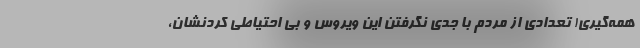
همه‌گیری! تعدادی از مردم با جدی نگرفتن این ویروس و بی احتیاطی کردنشان،